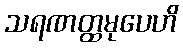
သရဏတ္ထမုပေဟိ